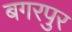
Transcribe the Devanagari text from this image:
बगरपुर